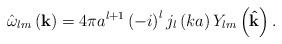
LaTeX: \begin{align*}\hat{\omega}_{lm}\left( \mathbf{k}\right) =4\pi a^{l+1}\left( -i\right)^{l}j_{l}\left( ka\right) Y_{lm}\left( \mathbf{\hat{k}}\right) . \end{align*}